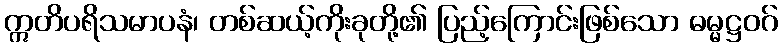
ဣတိပရိသမာပနံ၊ တစ်ဆယ့်ကိုးခုတို့၏ ပြည့်ကြောင်းဖြစ်သော ဓမ္မဋ္ဌဝဂ်